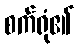
စက်ရုံ၏